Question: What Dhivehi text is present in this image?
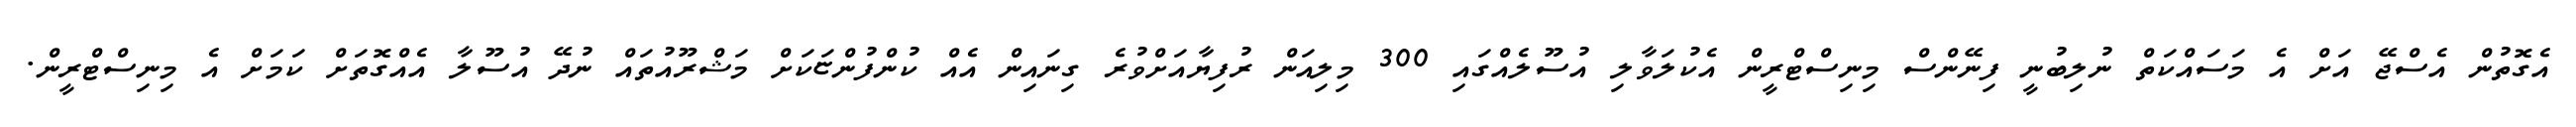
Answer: އެގޮތުން އެސްޖޭ އަށް އެ މަސައްކަތް ނުލިބުނީ ފިނޭންސް މިނިސްޓްރީން އެކުލަވާލި އުސޫލެއްގައި 300 މިލިއަން ރުފިޔާއަށްވުރެ ގިނައިން އެއް ކުންފުންޏަކަށް މަޝްރޫއުތައް ނުދޭ އުސޫލާ އެއްގޮތަށް ކަމަށް އެ މިނިސްޓްރީން.